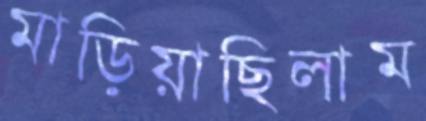
মাড়িয়াছিলাম